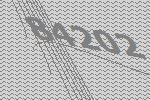
84202